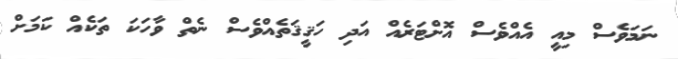
ނަމަވެސް މިއީ އެއްވެސް އޮށްޓަރެއް އަދި ހަޤީޤަތެއްވެސް ނެތް ވާހަކަ ތަކެއް ކަމަށް